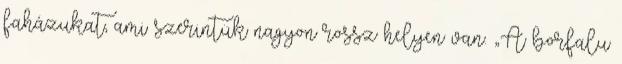
faházukat, ami szerintük nagyon rossz helyen van. „A borfalu